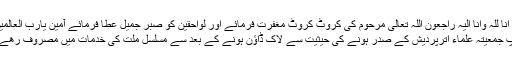
انا للہ وانا الیہ راجعون اللہ تعالی مرحوم کی کروٹ کروٹ مغفرت فرمائے اور لواحقین کو صبر جمیل عطا فرمائے آمین یارب العالمین
آپ جمعیتہ علماء اترپردیش کے صدر ہونے کی حیثیت سے لاک ڈاؤن ہونے کے بعد سے مسلسل ملت کی خدمات میں مصروف رھے ۔